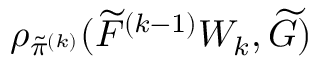
\rho _ { \tilde { \pi } ^ { ( k ) } } ( \widetilde { F } ^ { ( k - 1 ) } W _ { k } , \widetilde { G } )